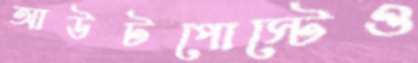
আউটপোস্টেও